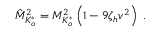
\hat { M } _ { K _ { o } ^ { * } } ^ { 2 } = M _ { K _ { o } ^ { * } } ^ { 2 } \left( 1 - 9 \zeta _ { h } v ^ { 2 } \right) \; .